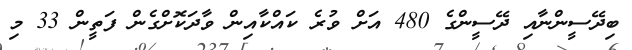
ބިދޭސީންނާއި ދޭސީންގެ 480 އަށް ވުރެ ކައްކާއިން ވާދަކޮށްގެން ފަތީން 33 މި